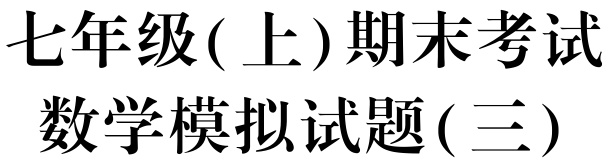
解：原式$=9a^{2}+3ab + 23b^{2}$.